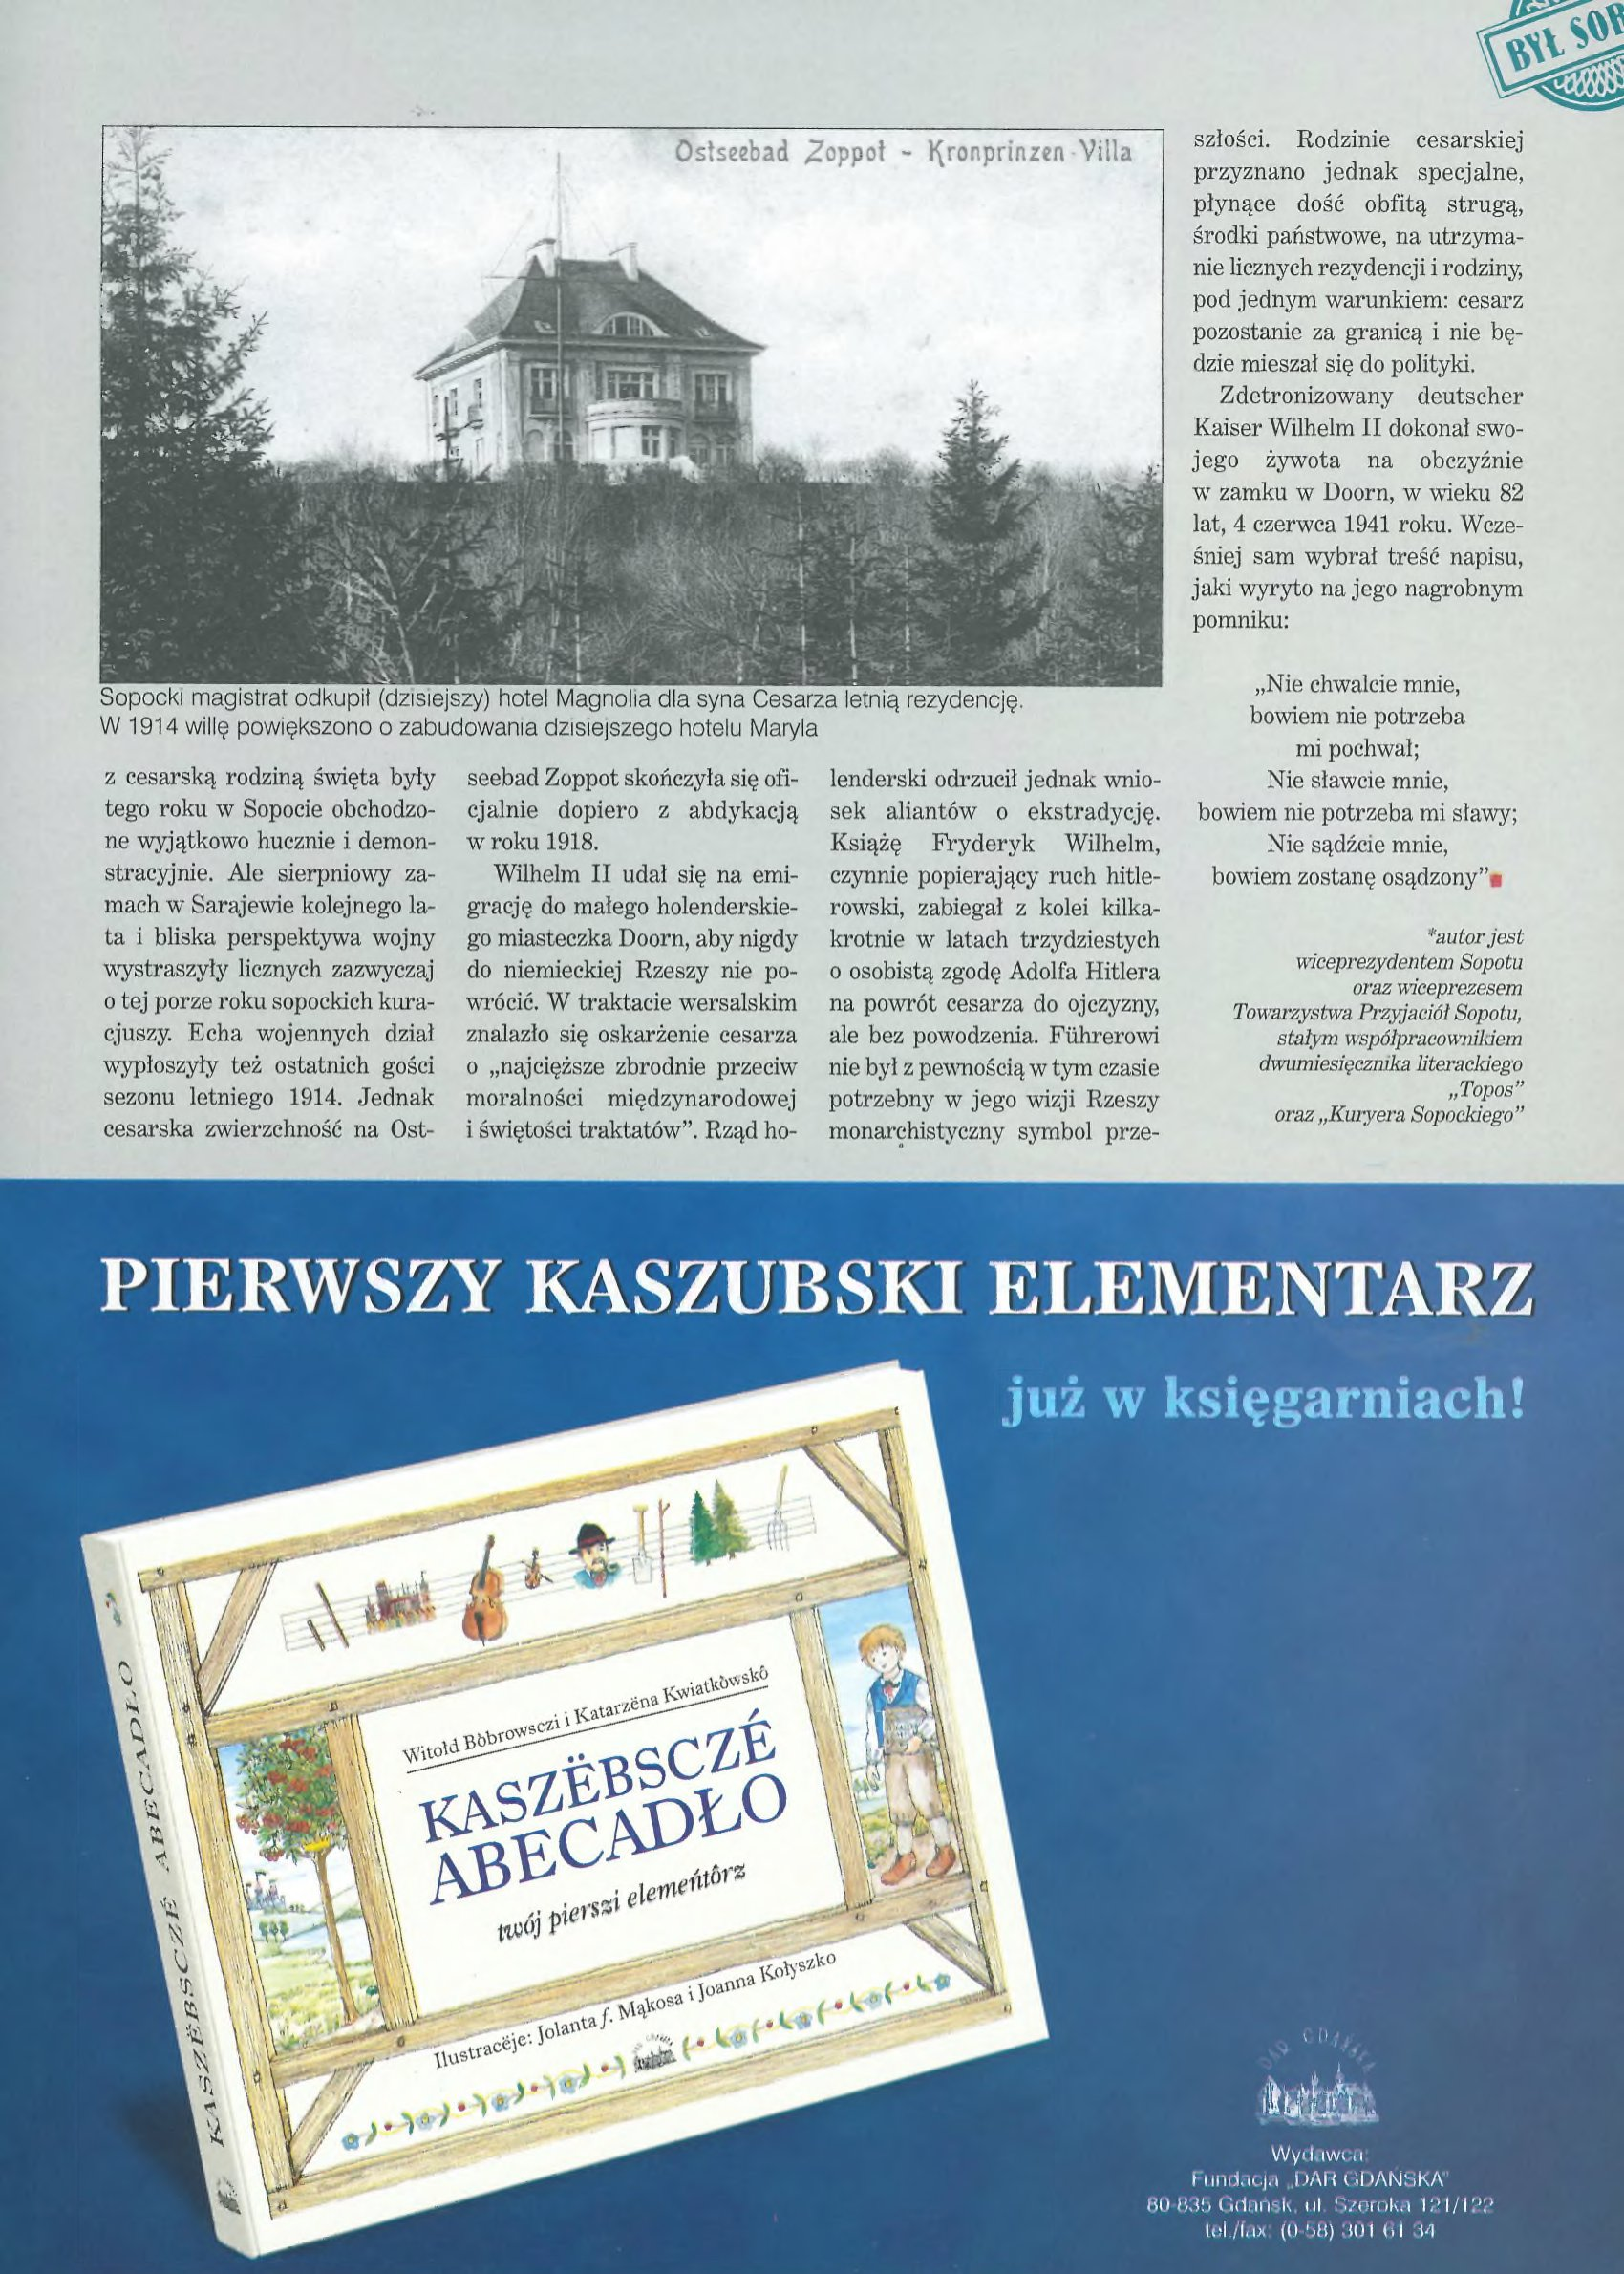
Language: pl